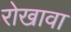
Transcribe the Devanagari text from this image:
रोखावा